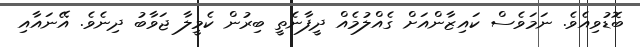
ބޮޑުވިއެވެ. ނަމަވެސް ކައިޒާންއަށް ގެއްލުމެއް ދީފާނެތީ ބިރުން ކެމީލާ ޖަވާބު ދިނެވެ. އޭނައާއި